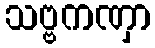
သဗ္ဗကဏှာ